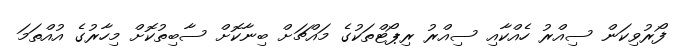
ފޯރުވިކަން ސިއްރު ހެއްކާއި ސިއްރު ރިޕޯޓްތަކުގެ މައްޗަށް ބިނާކޮށް ސާބިތުކޮށް މިހާރުގެ އުއްތަމަ